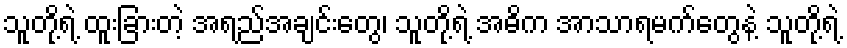
သူတို့ရဲ့ ထူးခြားတဲ့ အရည်အချင်းတွေ၊ သူတို့ရဲ့ အဓိက အာသာရမက်တွေနဲ့ သူတို့ရဲ့